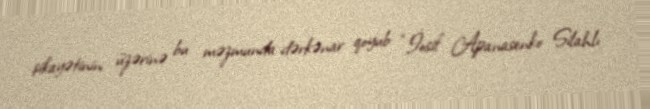
şikayətinin üzərinə bu məzmunda dərkənar qoyub: “İosif Apanasenko Silahlı